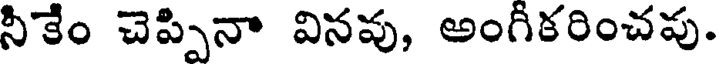
నీకేం చెప్పినా వినవు, అంగీకరించపు.